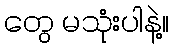
တွေ မသုံးပါနဲ့။